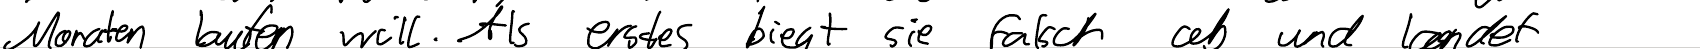
Monten laufen will. Als erstes biegt sie falsch ab und landet